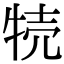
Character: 㸿